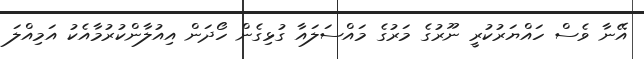
އޭނާ ވެސް ހައްޔަރުކުރީ ނޫރުގެ މަރުގެ މައްސަލައާ ގުޅިގެން ހޯދަން އިއުލާންކުރުމާއެކު އަމިއްލަ